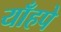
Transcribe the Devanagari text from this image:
याँहपे